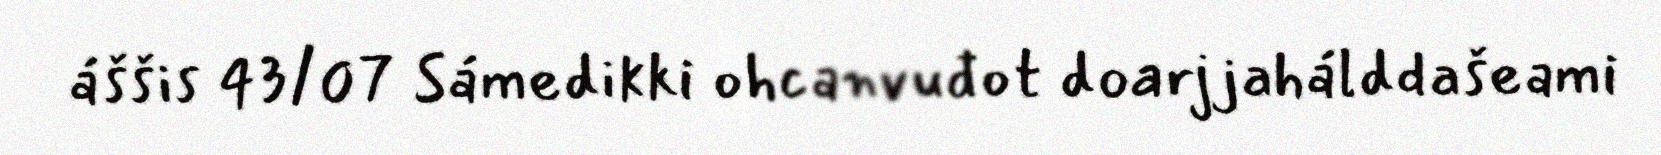
áššis 43/07 Sámedikki ohcanvuđot doarjjahálddašeami